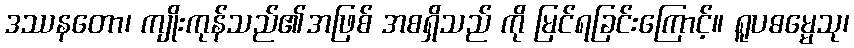
ဒဿနတော၊ ကျိုးကုန်သည်၏အဖြစ် အစရှိသည် ကို မြင်ရခြင်းကြောင့်။ ရူပဓမ္မေသု၊